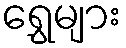
ရွှေများ